Anatomy and histology of ticks - Number 23
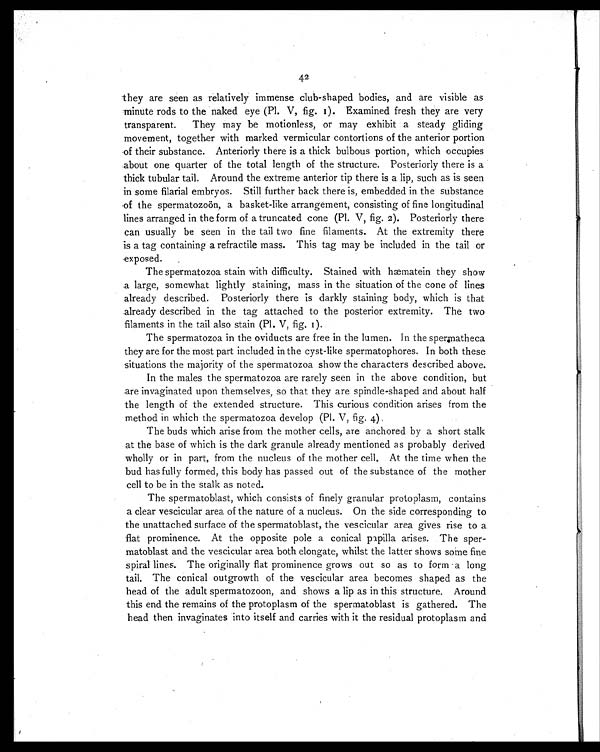
42
they are seen as relatively immense club-shaped bodies, and are visible as
minute rods to the naked eye (Pl. V, fig. 1). Examined fresh they are very
transparent. They may be motionless, or may exhibit a steady gliding
movement, together with marked vermicular contortions of the anterior portion
of their substance. Anteriorly there is a thick bulbous portion, which occupies
about one quarter of the total length of the structure. Posteriorly there is a
thick tubular tail. Around the extreme anterior tip there is a lip, such as is seen
in some filarial embryos. Still further back there is, embedded in the substance
of the spermatozoön, a basket-like arrangement, consisting of fine longitudinal
lines arranged in the form of a truncated cone (Pl. V, fig. 2). Posteriorly there
can usually be seen in the tail two fine filaments. At the extremity there
is a tag containing a refractile mass. This tag may be included in the tail or
exposed.
The spermatozoa stain with difficulty. Stained with hæmatein they show
a large, somewhat lightly staining, mass in the situation of the cone of lines
already described. Posteriorly there is darkly staining body, which is that
already described in the tag attached to the posterior extremity. The two
filaments in the tail also stain (Pl. V, fig. 1).
The spermatozoa in the oviducts are free in the lumen. In the spermatheca
they are for the most part included in the cyst-like spermatophores. In both these
situations the majority of the spermatozoa show the characters described above.
In the males the spermatozoa are rarely seen in the above condition, but
are invaginated upon themselves, so that they are spindle-shaped and about half
the length of the extended structure. This curious condition arises from the
method in which the spermatozoa develop (Pl. V, fig. 4).
The buds which arise from the mother cells, are anchored by a short stalk
at the base of which is the dark granule already mentioned as probably derived
wholly or in part, from the nucleus of the mother cell. At the time when the
bud has fully formed, this body has passed out of the substance of the mother
cell to be in the stalk as noted.
The spermatoblast, which consists of finely granular protoplasm, contains
a clear vescicular area of the nature of a nucleus. On the side corresponding to
the unattached surface of the spermatoblast, the vescicular area gives rise to a
flat prominence. At the opposite pole a conical papilla arises. The sper-
matoblast and the vescicular area both elongate, whilst the latter shows some fine
spiral lines. The originally flat prominence grows out so as to form a long
tail. The conical outgrowth of the vescicular area becomes shaped as the
head of the adult spermatozoon, and shows a lip as in this structure. Around
this end the remains of the protoplasm of the spermatoblast is gathered. The
head then invaginates into itself and carries with it the residual protoplasm and